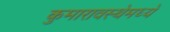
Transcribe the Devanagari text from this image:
कुमारावस्थेमध्ये